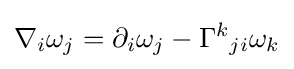
\nabla _{i}\omega _{j}=\partial _{i}\omega _{j}-{\Gamma ^{k}}_{ji}\omega _{k}